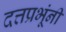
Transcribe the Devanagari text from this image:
दत्तप्रभूंनी